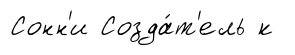
Сонн'и Созда́т'ель к